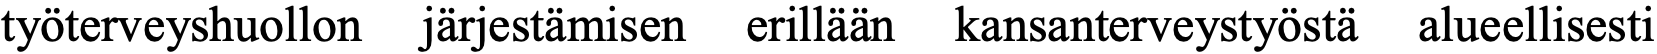
työterveyshuollon järjestämisen erillään kansanterveystyöstä alueellisesti